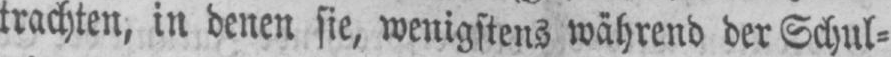
trachten, in denen sie, wenigstens während der Schul⸗